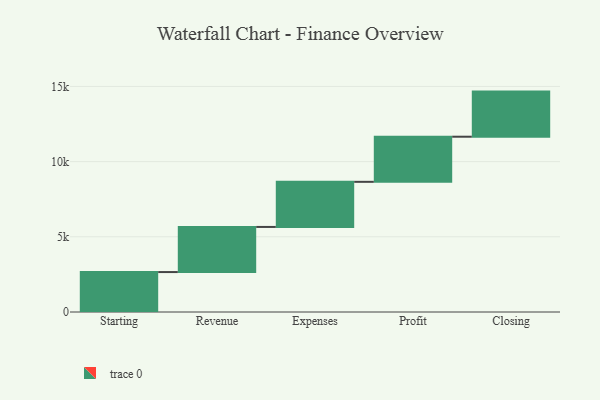
{"axis": {"x": "Step", "y": "Value"}, "legend": [""], "data": [{"x": "Starting", "y": 2656.0, "type": ""}, {"x": "Revenue", "y": 3000, "type": ""}, {"x": "Expenses", "y": 3000, "type": ""}, {"x": "Profit", "y": 3000, "type": ""}, {"x": "Closing", "y": 3000, "type": ""}]}